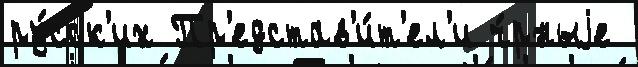
ру́сск'их Пр'едстав'и́т'ел'и ч́рныjе